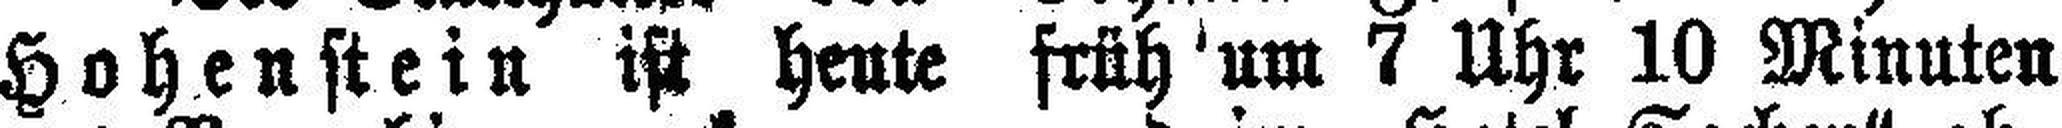
Hohenstein ist heute früh um 7 Uhr 10 Minuten